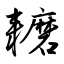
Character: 耱